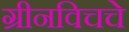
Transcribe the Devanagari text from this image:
ग्रीनविचचे